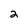
Character: 2